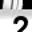
Digit: 2